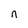
Character: n